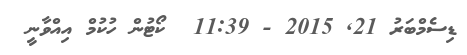
ޑިސެމްބަރު 21